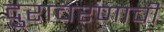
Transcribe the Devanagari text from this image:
दुराचरणाची